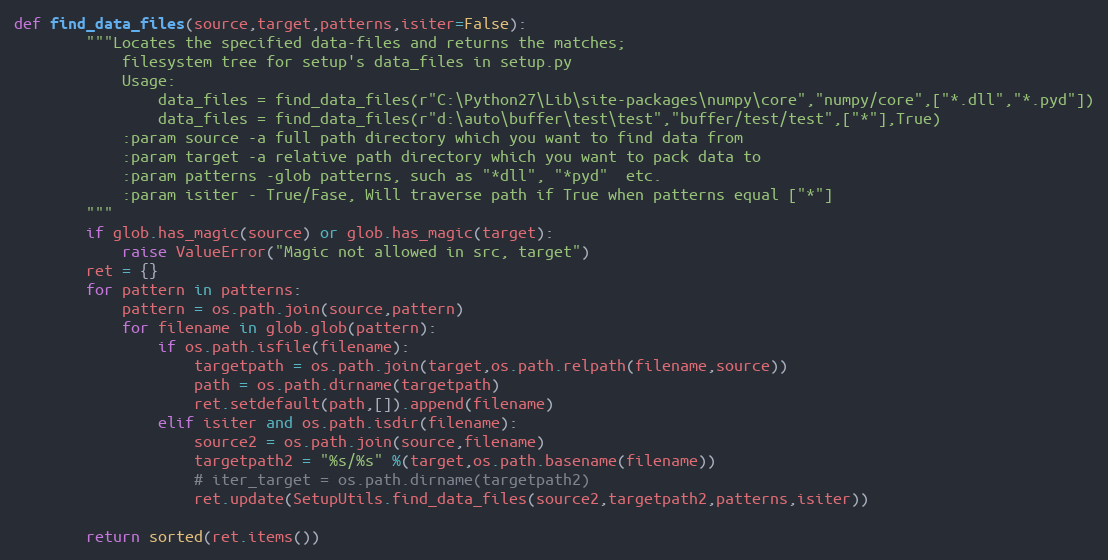
Language: Python
def find_data_files(source,target,patterns,isiter=False):
        """Locates the specified data-files and returns the matches;
            filesystem tree for setup's data_files in setup.py
            Usage:
                data_files = find_data_files(r"C:\Python27\Lib\site-packages\numpy\core","numpy/core",["*.dll","*.pyd"])
                data_files = find_data_files(r"d:\auto\buffer\test\test","buffer/test/test",["*"],True)
            :param source -a full path directory which you want to find data from
            :param target -a relative path directory which you want to pack data to
            :param patterns -glob patterns, such as "*dll", "*pyd"  etc.
            :param isiter - True/Fase, Will traverse path if True when patterns equal ["*"]
        """
        if glob.has_magic(source) or glob.has_magic(target):
            raise ValueError("Magic not allowed in src, target")
        ret = {}
        for pattern in patterns:
            pattern = os.path.join(source,pattern)
            for filename in glob.glob(pattern):
                if os.path.isfile(filename):
                    targetpath = os.path.join(target,os.path.relpath(filename,source))
                    path = os.path.dirname(targetpath)
                    ret.setdefault(path,[]).append(filename)
                elif isiter and os.path.isdir(filename):
                    source2 = os.path.join(source,filename)
                    targetpath2 = "%s/%s" %(target,os.path.basename(filename))
                    # iter_target = os.path.dirname(targetpath2)
                    ret.update(SetupUtils.find_data_files(source2,targetpath2,patterns,isiter))

        return sorted(ret.items())